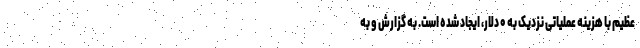
عظیم با هزینه عملیاتی نزدیک به ۰ دلار، ایجاد شده است. به گزارش و به